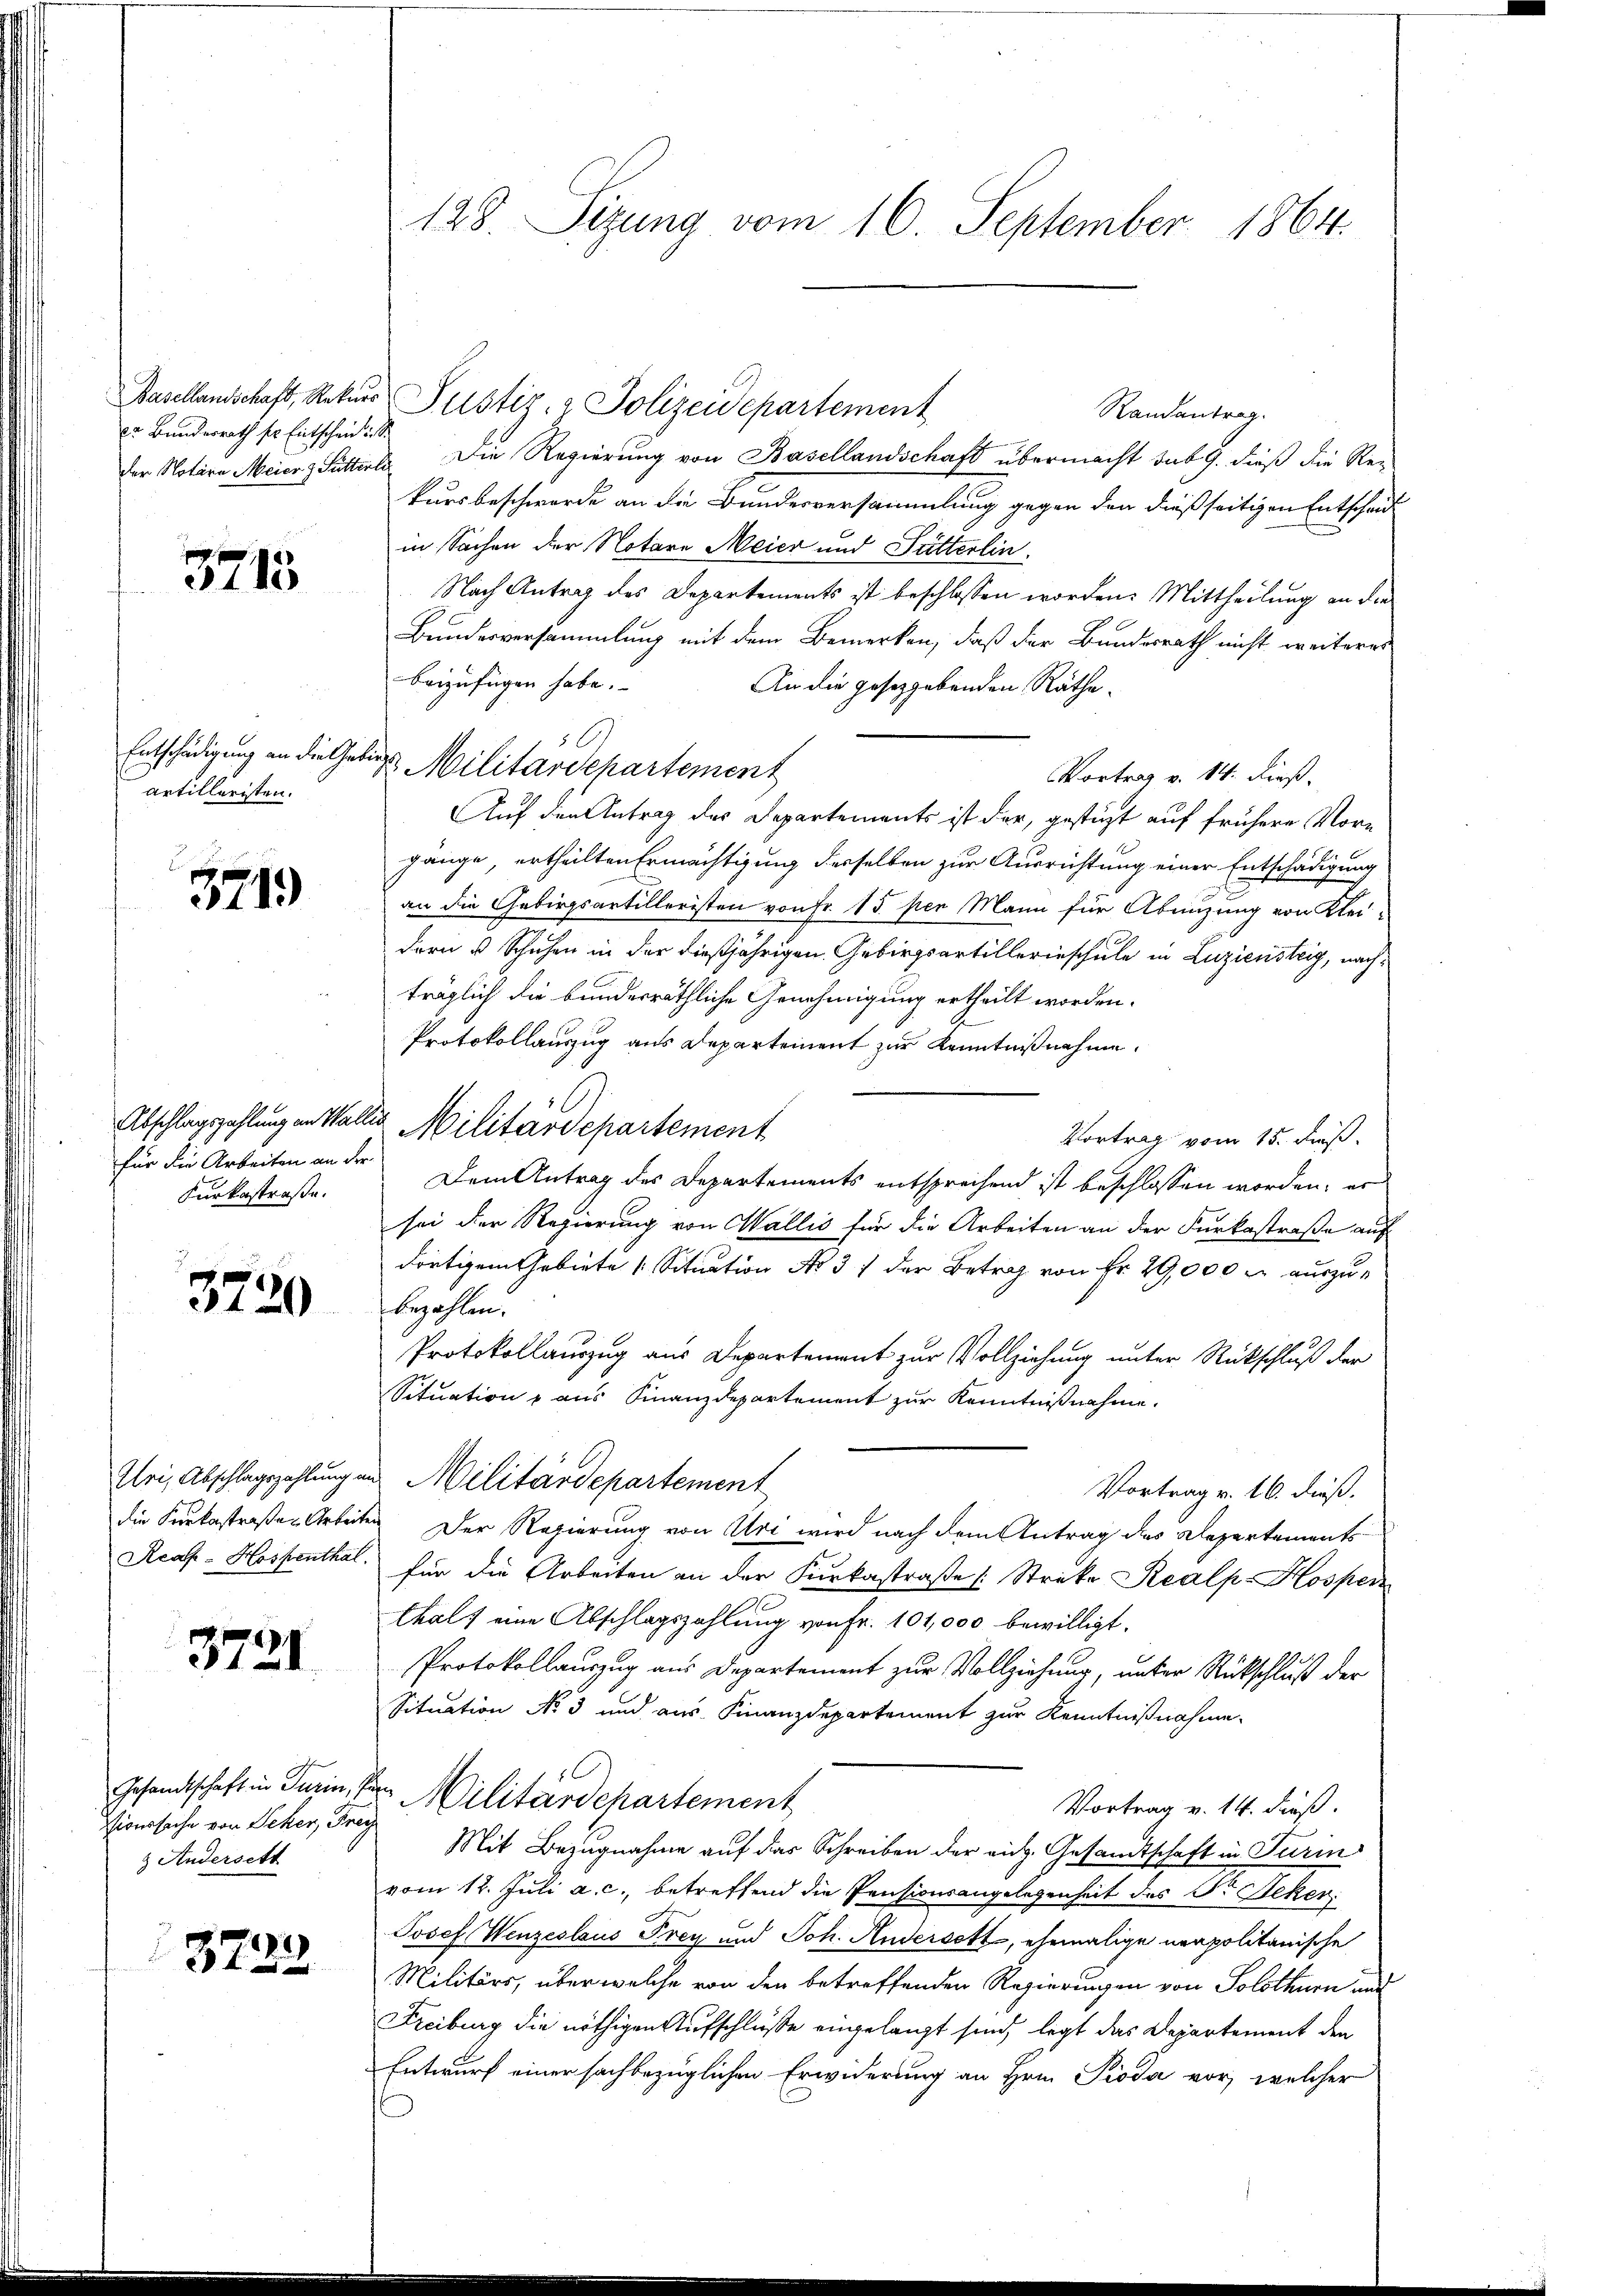
Basellandschaft, Rekur
2r Bundesrath sr. Entscheid
der Notare Meier & Futter

3715

Entschädigung an die Geartilleristen.

371

Abschlagszahlung in Walli
für die Arbeiten an der
Kurkostraße.

3720

Ihri, Abschlagszahlung a
die Kurkastraßen Arbeit
Rea-Hospenthal.

3721

Gesandtschaft in Turin, 1
Vioursache von Seker, Frey
 Andersett

22)

128. Sizung vom 16. September 1864.

Randantrag.
1
Die Regierung von Basellandschaft übermacht sub 9. dieß die Re-
A
kursbeschwerde an die Bundesversammlung gegen den dießseitigen Entscheid
in Sachen der Notare Meier und Fütterlin.
Nach Antrag des Departements ist beschlossen worden. Mittheilung an die
Bundesversammlung mit dem Bemerken, daß der Bundesrath nicht weiteres
beizufügen habe.
An die gesetzgebenden Räthe
Vortrag v. 14. dieß.
Auf den Antrag des Departements ist der, gestüzt auf frühere Vorgange ertheilten Ermächtigung desselben zur Ausrichtung einer Entschädigung
an die Gebirgsartilleristen von Fr. 15 per Mann für Abenzung von Kleidern u Schuhen in der dießjährigen Gebirgsartillerieschule in Luziensteig, nachträglich die bundesräthliche Genehmigung ertheilt worden.
Protokollauszug aus Departement zur Kenntnißnahme.
2 Militärdepartement
Vortrag vom 15. Fuß.
Dem Antrag des Departements entsprechend ist beschlossen worden, er
sei der Regierung von Wallis für die Arbeiten an der Furkastraße auf
dortigem Gebiete Situation No 37 der Betrag von Fr. 29,000 m auszubezahlen.
Protokollauszug aus Departement zur Vollziehung unter Rückschluß der
Situation aus Finanzdepartement zur Kenntnißnahme.
Militärdepartement
Vortrag v. 16. dieß.
 Der Regierung von Uri wird nach dem Antrag des Departements
für die Arbeiten an der Kurkastraße (Strike Realp-Hosper
Chalf eine Abschlagszahlung von Fr. 101,000 bewilligt.
Protokollauszug aus Departement zur Vollziehung, unter Rückschluß der
Situation No 3 und aus Finanzdepartement zur Kenntnißnahme
8x
 Militärdepartement
Vortrag v. 14. dieß.
Mit Bezugnahme auf das Schreiben der rich. Gesandtschaft in Turin
vom 12. Juli a. c., betreffend die Pensionsangelegenheit des Dr. Steker
Josef Wenzeslaus Frey und Joh. Andersetz, ehemalige neapolitanische
Militärs, über welche von den betreffenden Regierungen von Solothurn auf
Freiburg die nöthigen Aufschluße angelangt sind, legt das Departement den
Entwurf einer sachbezüglichen Erwiderung an Hrn. Pioda vor, welcher

6
 Militärdepartement

Justiz- & Polizeidepartement